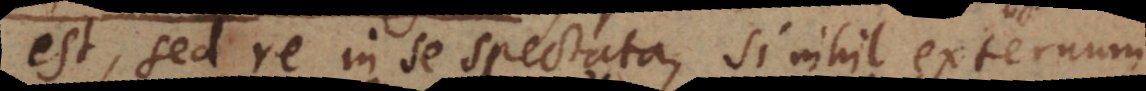
est, sed re in se spectata, si nihil externum